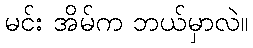
မင်း အိမ်က ဘယ်မှာလဲ။